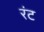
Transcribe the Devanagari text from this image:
रंट